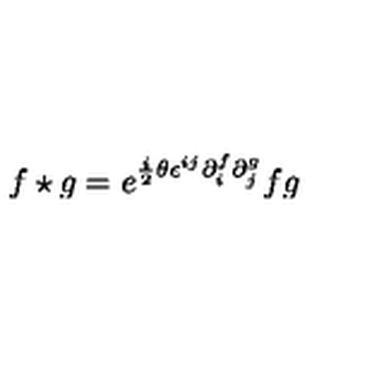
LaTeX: f \star g = e ^ { { \frac { i } { 2 } } \theta \epsilon ^ { i j } \partial _ { i } ^ { f } \partial _ { j } ^ { g } } f g